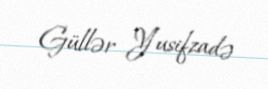
Güllər Yusifzadə